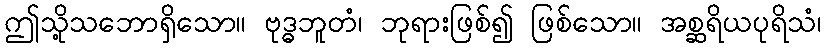
ဤသို့သဘောရှိသော။ ဗုဒ္ဓဘူတံ၊ ဘုရားဖြစ်၍ ဖြစ်သော။ အစ္ဆရိယပုရိသံ၊